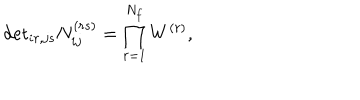
\mathrm { d e t } _ { i r , j s } N _ { i j } ^ { ( r s ) } = \prod _ { r = 1 } ^ { N _ { f } } W ^ { ( r ) } ,